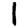
Digit: 1